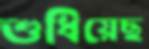
শুধিয়েছ